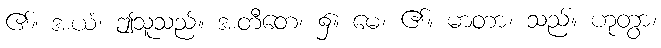
၏။ အယံ၊ ဤသူသည်။ အတီတေ၊ ၌။ မေ၊ ၏။ မာတာ၊ သည်။ ဟုတွာ၊